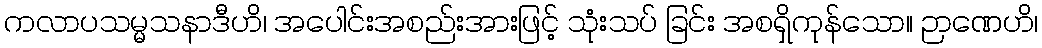
ကလာပသမ္မသနာဒီဟိ၊ အပေါင်းအစည်းအားဖြင့် သုံးသပ် ခြင်း အစရှိကုန်သော။ ဉာဏေဟိ၊